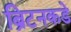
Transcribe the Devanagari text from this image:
ब्रिटनकडे